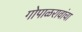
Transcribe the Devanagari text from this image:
गोपाळरावांचा